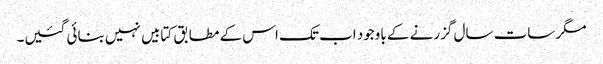
مگر سات سال گزرنے کے باوجود اب تک اس کے مطابق کتابیں نہیں بنائی گئیں۔